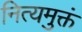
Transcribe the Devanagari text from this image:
नित्यमुक्तं